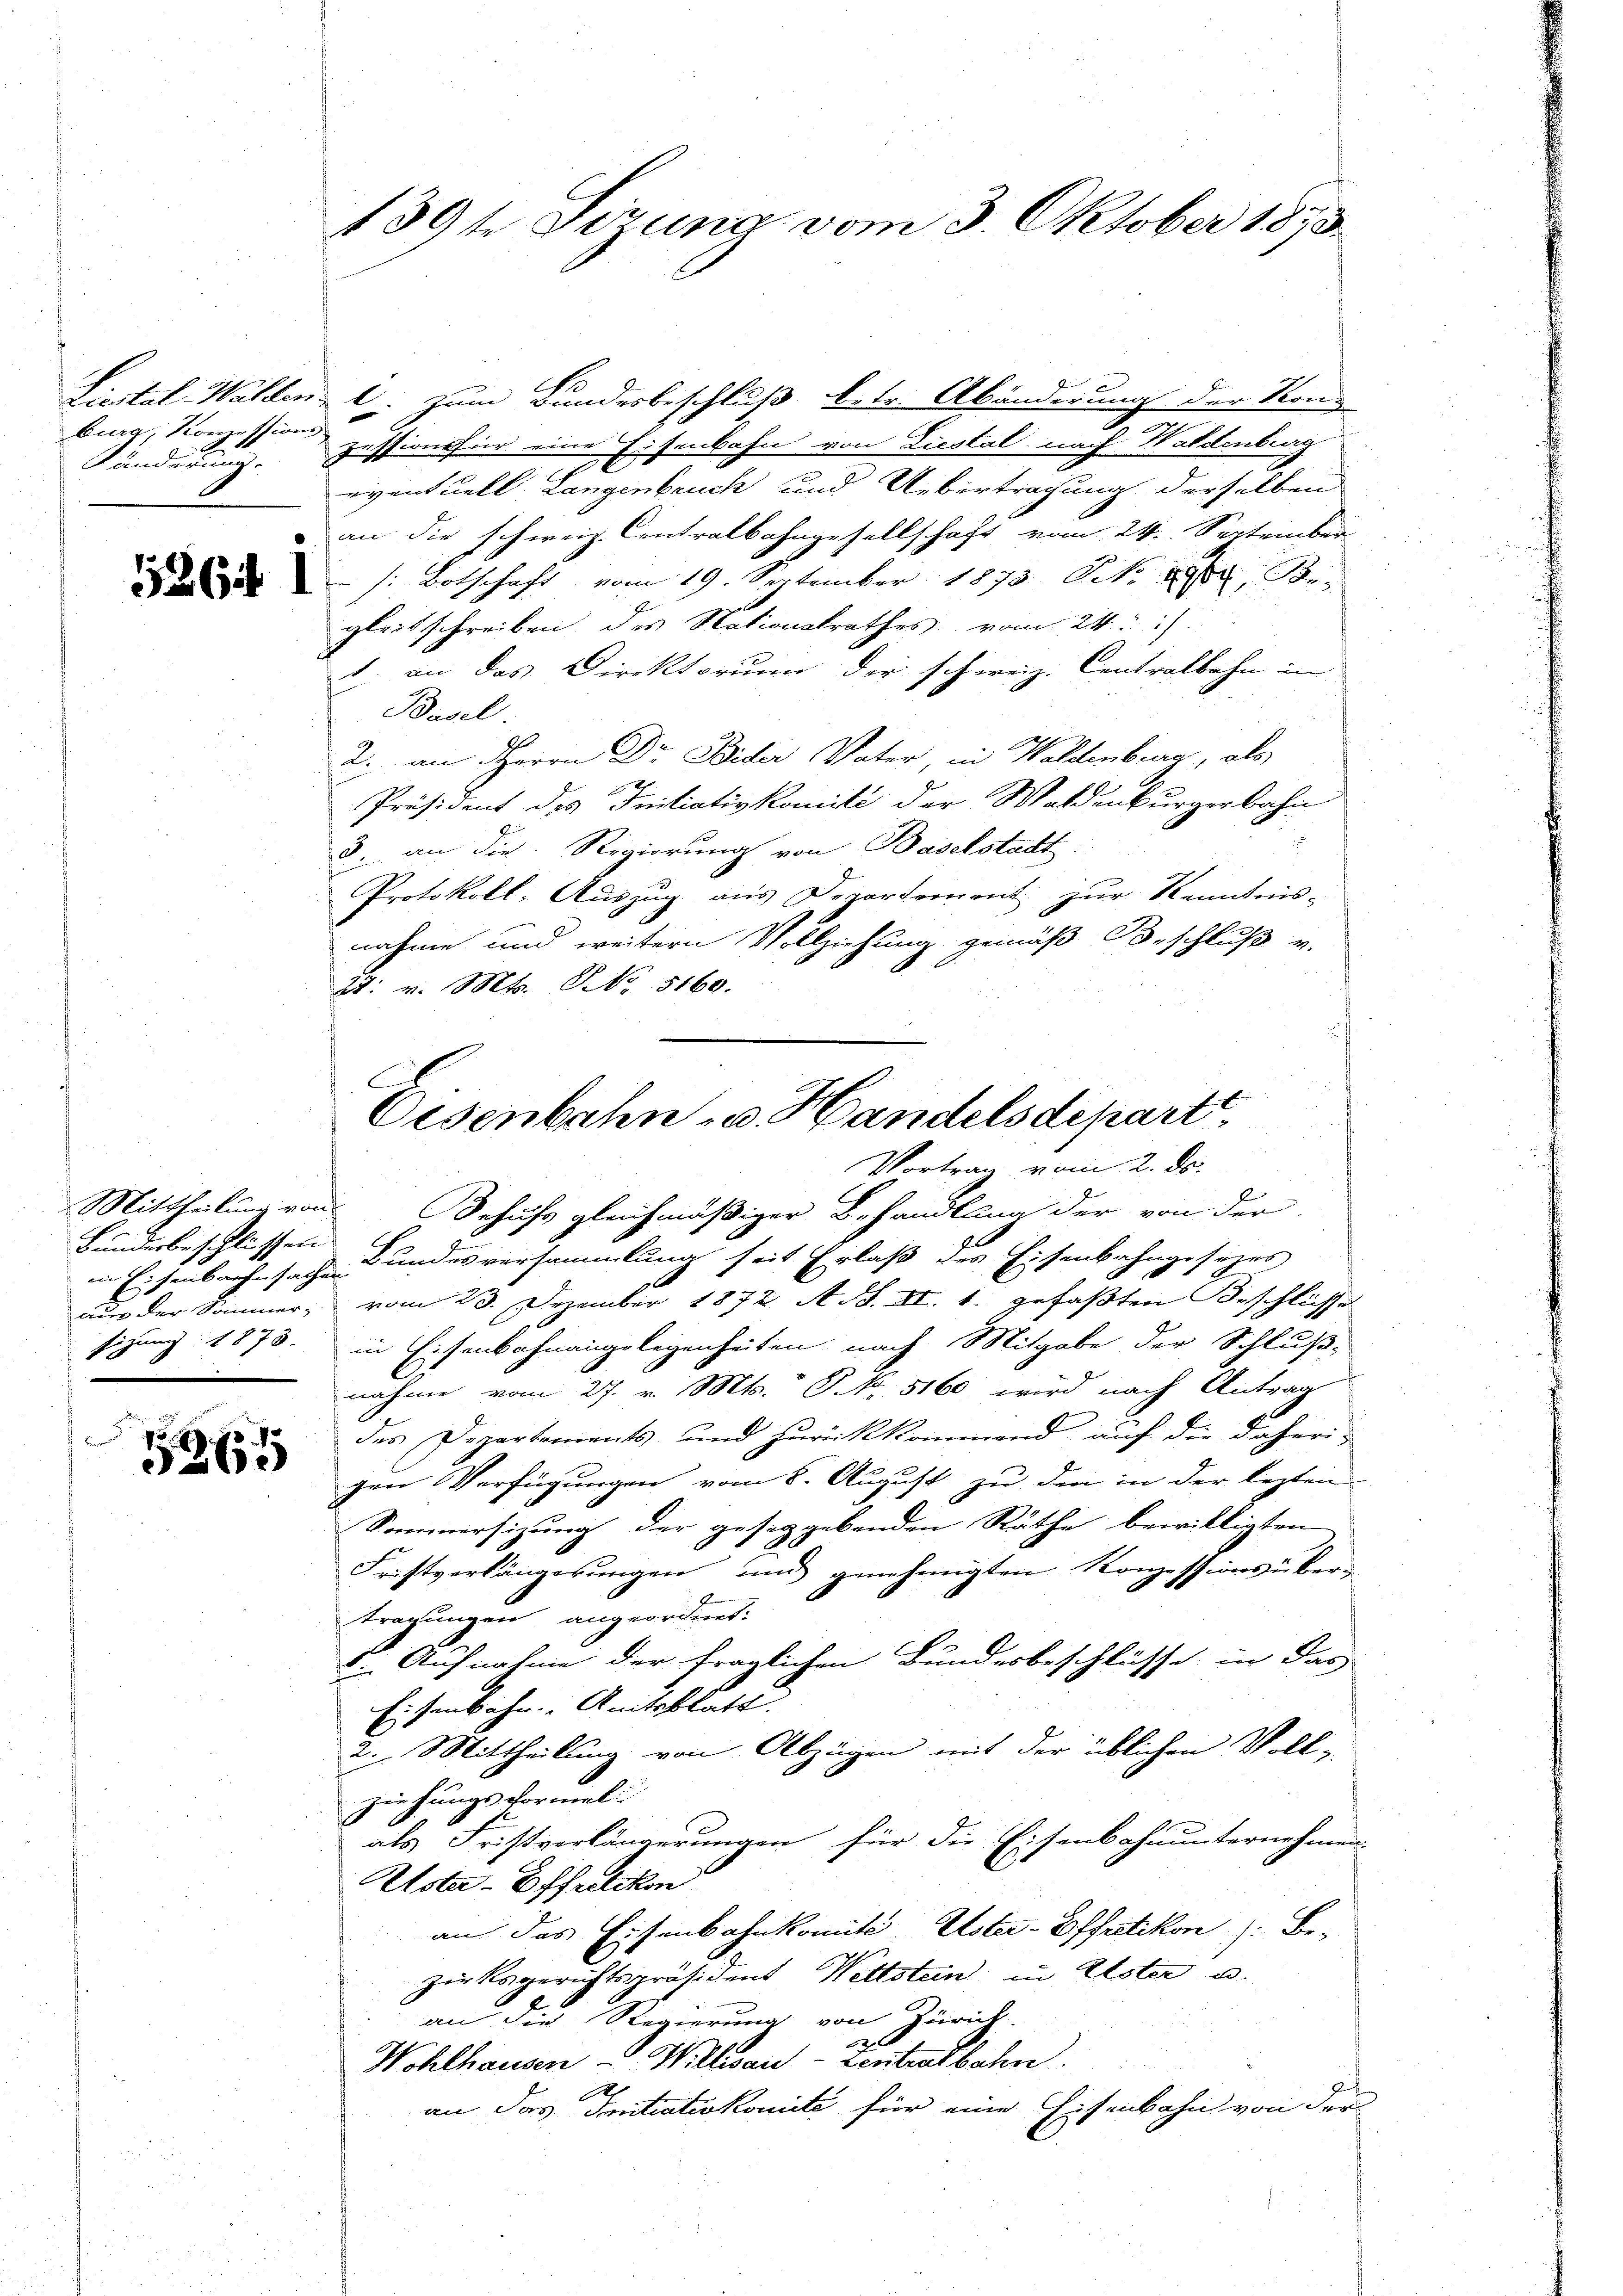
burg, Konzessions.
Händerung.

im Eisenbache sachen.

5
4
al

Liestal Wahlen l. zum Bundesbeschluß betr. Abänderung der Kon-
zussionsfür eine Eisenbahn von Liestal nach Haldenberg
eventuell Langenbruck und Uebertragung derselben
an die schweiz. Contralbahngesellschaft vom 24. September
: Botschaft vom 19. September 1875. No 1904, Begleitschreiben des Nationalrathes vom 24.
1. an das Direktorium der schweiz. Centralbahn in
Basel
2. an Herrn Dr Bider Vater, in Waldenburg, als
Präsident des Initiativkomité der Waldenburgerbahn
3. an die Regierung von Baselstadt
Protokoll: Auszug aus Departement zur Kenntnis-
nahme und weitern Vollziehung gemäß Beschluß v.
: v. Mts. No. 5160.

139te Sitzung vom 3. Oktober 1873

C
Oisenbahn- u. Handelsdepartt.
Vortrag vom 2. ds.
Mittheilung von Behufs gleichmäßiger Behandlung der von der

Bundesbeschlüssen Bundesversammlung seit Erlaß des Eisenbahngesezes
aus der Sommer, vom 23. Dezember 1872 A. S. II. 1. gefaßten Beschlüsse
sizung 1878. in Eisenbahnangelegenheiten nach Mitgabe der Schluß-
nahme vom 27. v. Mts. S. 5160 wird nach Antrag
des Departements und zurückkommend auf die daheri-
gen Verfügungen vom 8. August zu die in der lezten
Sommersizung der gesetzgebenden Räthe bewilligten
Fristverlängerungen und genehmigten Konzessions über-
tragungen angeordnet:
5. Aufnahme der fraglichen Bundesbeschlüsse in das
Eisenbahn. Amtsblatt.
2. Mittheilung von Abzügen mit der üblichen Vollziehungs vormeli
als Fristverlängerungen für die Eisenbahnunternehmen
Uster-Offretikon
an das Eisenbahnkomit Uster- Effretikon: Bezirksgerichtspräsident Wettsten in Elster u.
an die Regierung von Zurück.
27
Wohlhausen - Willsau - Zentretbahn.
an das Initiativkomité für eine Eisenbahn von der